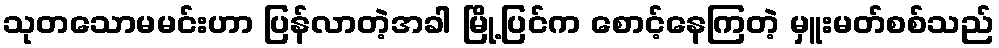
သုတသောမမင်းဟာ ပြန်လာတဲ့အခါ မြို့ပြင်က စောင့်နေကြတဲ့ မှူးမတ်စစ်သည်